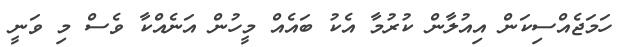
ހަމަޖެއްސިކަން އިއުލާން ކުރުމާ އެކު ބައެއް މީހުން އަނެއްކާ ވެސް މި ވަނީ